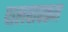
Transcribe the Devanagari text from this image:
पालवाक्कम